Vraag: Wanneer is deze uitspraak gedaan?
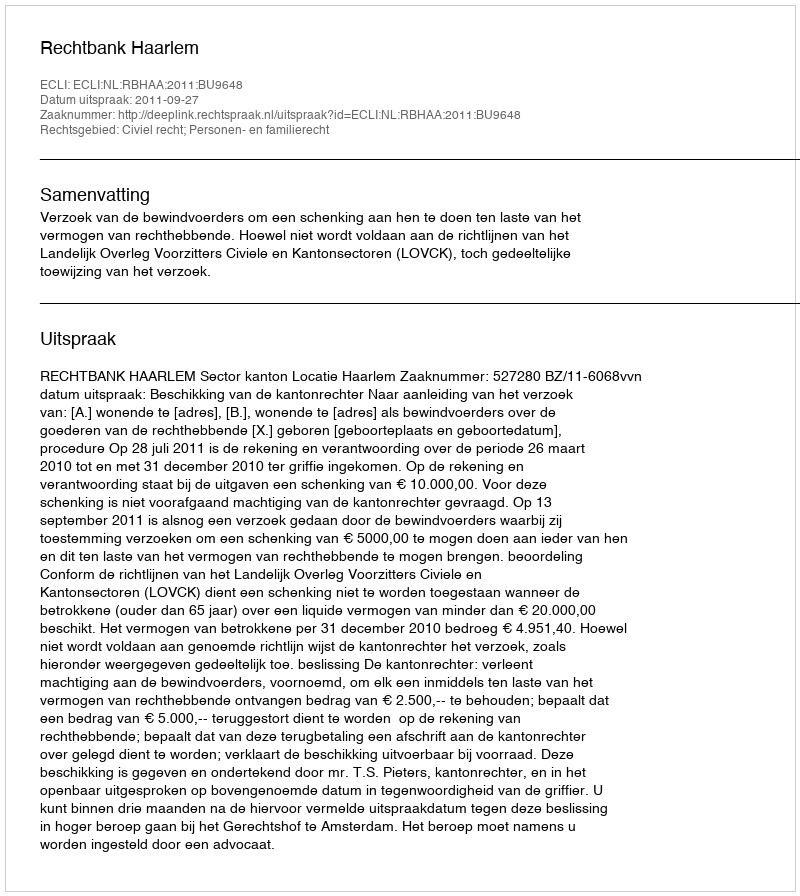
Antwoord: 2011-09-27